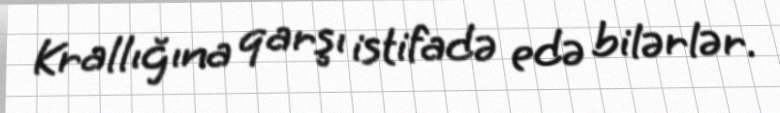
Krallığına qarşı istifadə edə bilərlər.